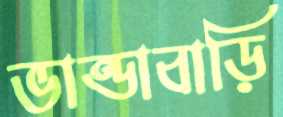
ভান্ডাবাড়ি